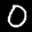
Digit: 0